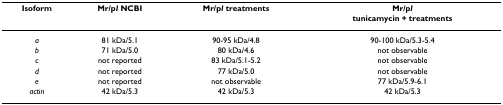
| Isoform | Mr/pI NCBI | Mr/pI treatments | Mr/pItunicamycin + treatments |
 | --- | --- | --- | --- |
 | a | 81 kDa/5.1 | 90-95 kDa/4.8 | 90-100 kDa/5.3-5.4 |
 | b | 71 kDa/5.0 | 80 kDa/4.6 | not observable |
 | c | not reported | 83 kDa/5.1-5.2 | not observable |
 | d | not reported | 77 kDa/5.0 | not observable |
 | e | not reported | not observable | 77 kDa/5.9-6.1 |
 | actin | 42 kDa/5.3 | 42 kDa/5.3 | 42 kDa/5.3 |